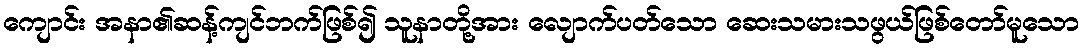
ကျောင်း အနာ၏ဆန့်ကျင်ဘက်ဖြစ်၍ သူနာတို့အား လျောက်ပတ်သော ဆေးသမားသဖွယ်ဖြစ်တော်မူသော